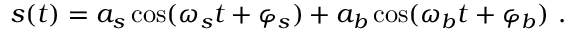
\begin{array} { r } { s ( t ) = a _ { s } \cos ( \omega _ { s } t + \varphi _ { s } ) + a _ { b } \cos ( \omega _ { b } t + \varphi _ { b } ) \ . } \end{array}